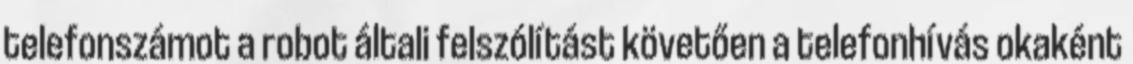
telefonszámot a robot általi felszólítást követően a telefonhívás okaként